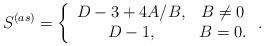
LaTeX: \begin{align*}S^{(as)}=\left\{\begin{array}{cc}D-3+4A/B, & B\neq 0 \\D-1, & B=0 .\end{array}\right. . \end{align*}